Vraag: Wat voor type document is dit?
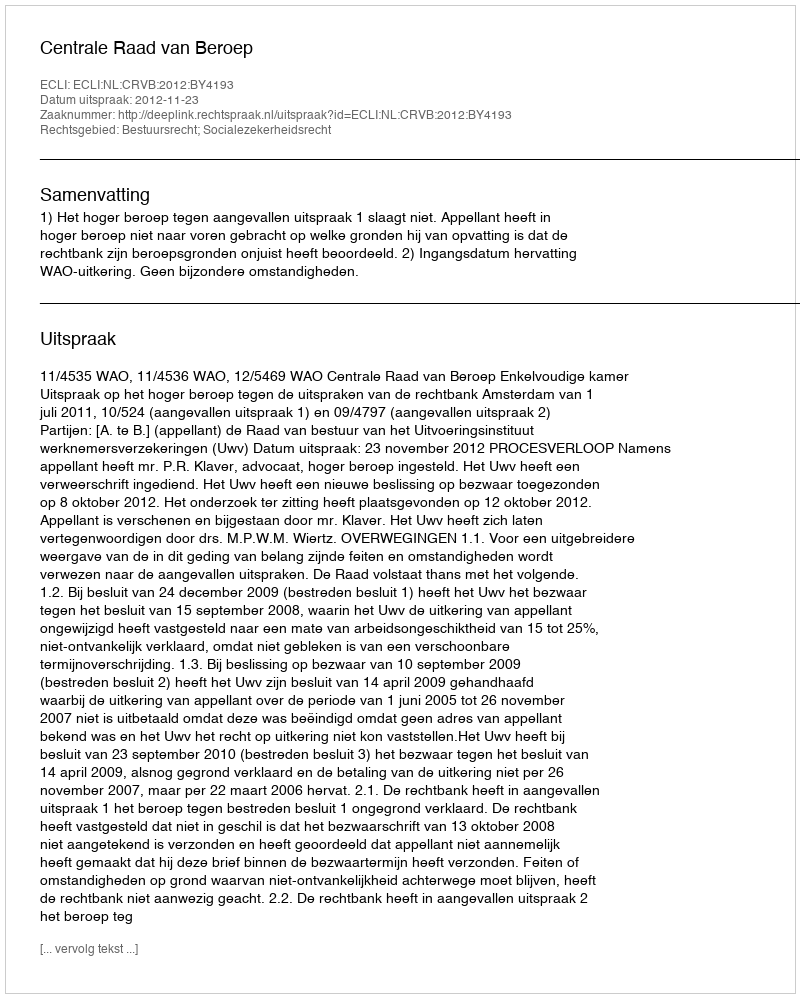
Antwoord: Uitspraak